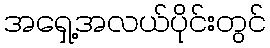
အရှေ့အလယ်ပိုင်းတွင်